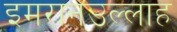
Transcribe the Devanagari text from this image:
इमरानउल्लाह